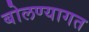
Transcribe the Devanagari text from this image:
बोलण्यागत